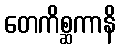
တေကိစ္ဆကာနိ